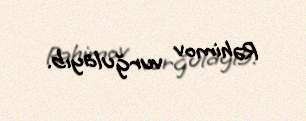
Rəhimov vurğulayıb.